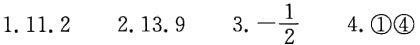
$1.11.2\quad 2.13.9\quad 3.-\frac{1}{2}\quad 4.\textcircled{1}\textcircled{4}$